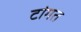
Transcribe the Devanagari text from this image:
टांगत